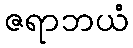
ဇရာဘယံ